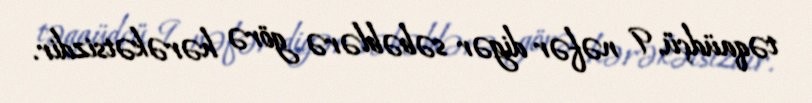
təqaüdçü, 9 nəfər digər səbəblərə görə hərəkətsizdir.